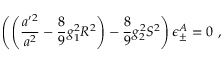
\left( \left( \frac { a ^ { \prime 2 } } { a ^ { 2 } } - \frac { 8 } { 9 } g _ { 1 } ^ { 2 } R ^ { 2 } \right) - \frac { 8 } { 9 } g _ { 2 } ^ { 2 } S ^ { 2 } \right) \epsilon _ { \pm } ^ { A } = 0 \ ,